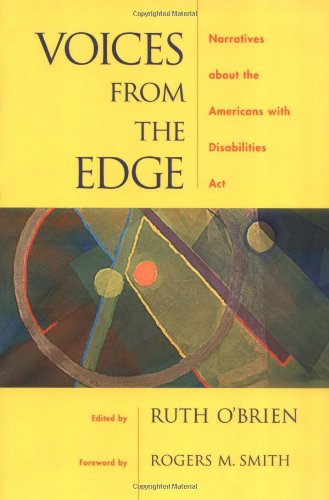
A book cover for Voices from the Edge: Narratives about the Americans with Disabilities Act; Law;